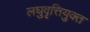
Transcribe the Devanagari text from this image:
लघुवृत्तियुक्त